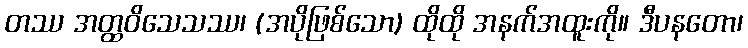
တဿ အတ္ထဝိသေသဿ၊ (အပိုဖြစ်သော) ထိုထို အနက်အထူးကို။ ဒီပနတော၊